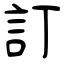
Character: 訂